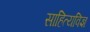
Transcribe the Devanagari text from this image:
साहित्यविज्ञ